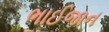
ભાઈજાન